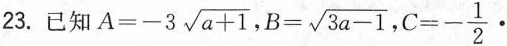
23.已知 $$A=-3 \sqrt{a+1}$$,$$B= \sqrt{3a-1}$$, $$C=- \frac{1}{2}$$.